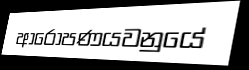
ආරෝපණයවනුයේ